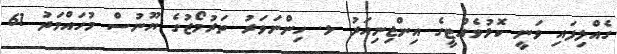
ގެއްލިފައި ވަނީ ކޮޅުވެއްޓީގެ އިންޖިނިއަރު ޅ. ހިންނަވަރު ތަރުމޯޒުގެ ޔޫނުސް މުހައްމަދު 61